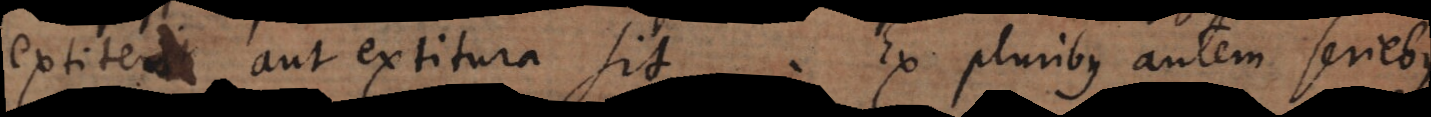
extiterit aut extitura sit. Ex pluribus autem seriebus